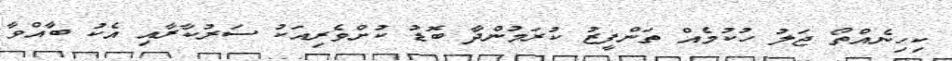
ކިހިނެއްތޯ ޖަލު ހުކުމެއް ތަންފީޒު ކުރަމުންދާ ބޮޑު ކުށްވެރިއަކު ސަރުކާރާއި އެކު ބާއްވާ